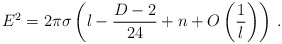
\begin{align*}E^2 = 2\pi\sigma \left( l - \frac{D-2}{24} + n+ O\left(\frac{1}{l}\right) \right) \,.\end{align*}